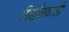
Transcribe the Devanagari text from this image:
गिद्धौरवासी